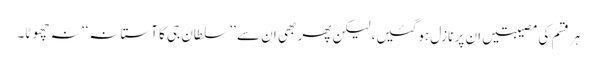
ہر قسم کی مصیبتیں ان پر نازل ہوگئیں، لیکن پھر بھی ان سے ’’سلطان جی کا آستانہ‘‘ نہ چھوٹا۔